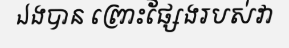
ឯងបាន ព្រោះផ្សែងរបស់វា